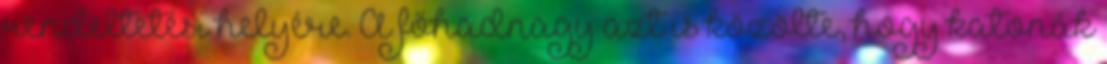
rendeltetési helyére. A főhadnagy azt is közölte, hogy katonák